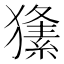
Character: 𤢘